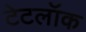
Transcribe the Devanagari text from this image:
टेटलॉक